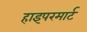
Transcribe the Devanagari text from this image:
हाइपरमार्ट